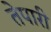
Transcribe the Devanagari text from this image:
तेपारी